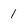
Character: 1